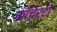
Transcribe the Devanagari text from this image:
काँचेर्टो